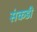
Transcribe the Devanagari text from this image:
संकडी